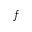
f